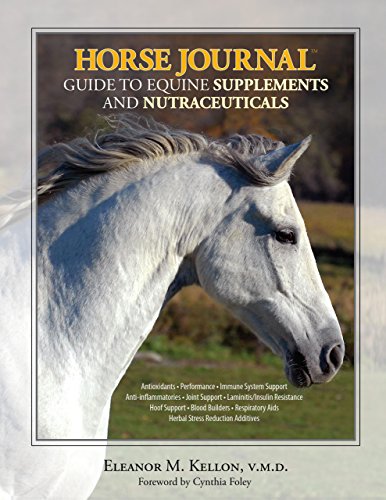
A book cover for Horse Journal Guide to Equine Supplements and Nutraceuticals; Eleanor M. Kellon V.M.D.; Crafts, Hobbies & Home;